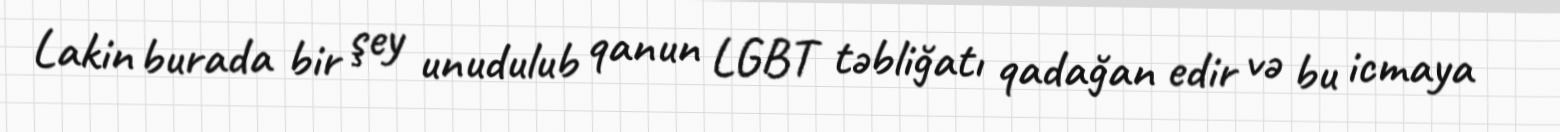
Lakin burada bir şey unudulub qanun LGBT təbliğatı qadağan edir və bu icmaya